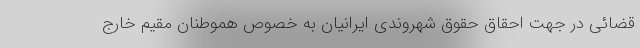
قضائی در جهت احقاق حقوق شهروندی ایرانیان به خصوص هموطنان مقیم خارج